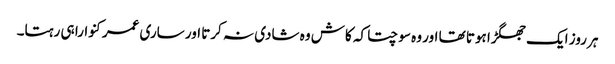
ہر روز ایک جھگڑا ہوتا تھا اور وہ سوچتا کہ کاش وہ شادی نہ کرتا اور ساری عمر کنوارا ہی رہتا۔